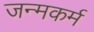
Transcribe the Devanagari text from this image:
जन्मकर्म